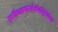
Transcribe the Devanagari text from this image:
पृथिव्यापस्तेजोवायुराकाश